Scottish Leaving Certificate Examination, 1961
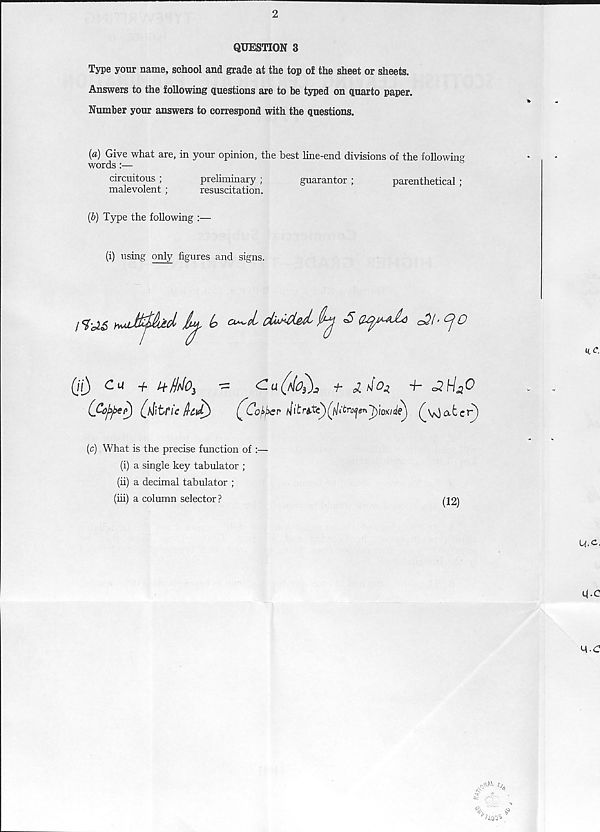
QUESTION 3
Type your name, school and grade at the top of the sheet or sheets.
Answers to the following questions are to be typed on quarto paper.
Number your answers to correspond with the questions.
{a) Give what are, in your opinion, the best line-end divisions of the following
words :—
circuitous ;
preliminary ;
guarantor ;
parenthetical ;
malevolent ;
resuscitation.
(b) Type the following :—
(i) using only figures and signs.
(c) What is the precise function of :—
(i) a single key tabulator ;
(ii) a decimal tabulator ;
(hi) a column selector?
(12)